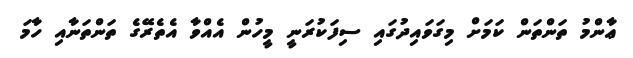
ޢާންމު ތަންތަން ކަމަށް މިގަވައިދުގައި ސިފަކުރަނީ މީހުން އެއްވާ އެތެރޭގެ ތަންތަނާއި ހާމަ